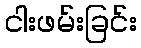
ငါးဖမ်းခြင်း